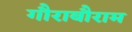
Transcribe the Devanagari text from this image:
गौराबौराम